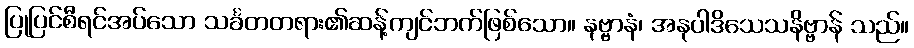
ပြုပြင်စီရင်အပ်သော သင်္ခတတရား၏ဆန့်ကျင်ဘက်ဖြစ်သော။ နဗ္ဗာနံ၊ အနုပါဒိသေသနိဗ္ဗာန် သည်။